Civil Veterinary Department. United Provinces 1912-22 - 1912-1922
Year: 1912
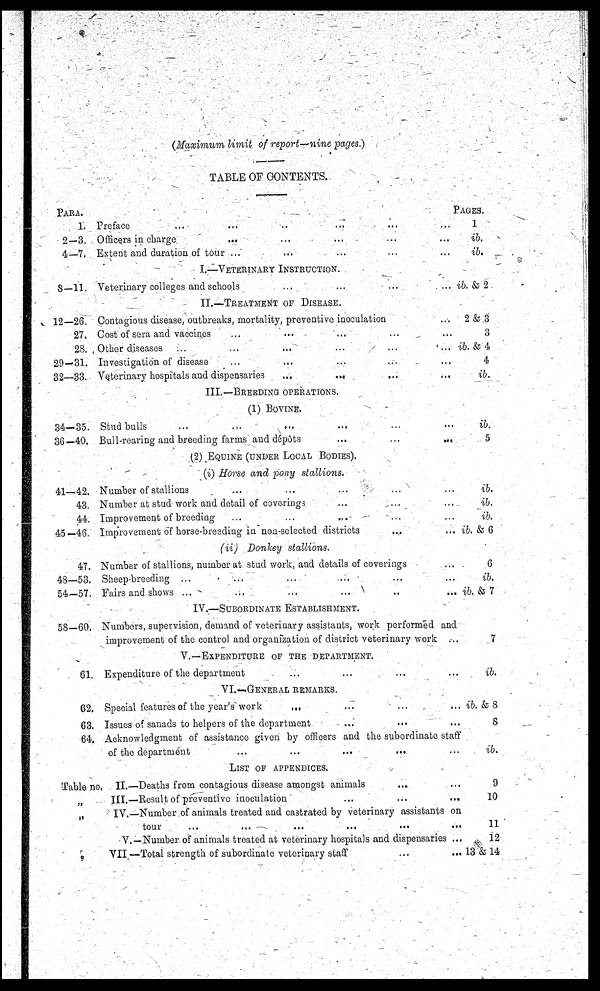
(Maximum limit of report—nine pages.)
TABLE OF CONTENTS.
Para.
1. Preface ... ... ... ... ... ...
2—3. Officers in charge
... ... ... ... ...
4—7. Exteut and duration of tour ... ... ... ... ...
I.—Veterinary Instruction.
8—11. Veterinary colleges and schools ... ... ... ...
II.—Treatment of Disease.
12—26. Contagious disease, outbreaks, mortality, preventive inoculation ...
27. Cost of sera and vaccines ... ... ... ... ...
23. Other diseases ... ... ... ... ...
29—31. Investigation of disease ... ... ... ... ...
32—33. Veterinary hospitals and dispensaries
...
... ... ...
III.—Breeding operations.
(1) Bovine.
34-35. Stud bulls ... ... ... ... ... ...
36—40. Bull-rearing and breeding farms and dépôts
...
...
...
(2) Equine (under Local Bodies).
(i) Horse and pony
stallions.
41—42. Number of stallions ... ... ... ... ...
43. Number at stud work and detail of coverings ... ... ...
44. Improvement of breeding ... ... ... ... ...
45—46. Improvement of horse-breeding in non selected districts ... ...
(ii)
Donkey
stallions.
47. Number of stallions, number at stud work, and details of coverings ...
48—53. Sheep breeding ...
... ... ... ... ...
54—57. Fairs and shows ... ... ... ... ... ...
IV.—Subordinate Establishment.
58—60. Numbers, supervision, demand of veterinary assistants, work performed and
improvement of the control and organization of district veterinary work ...
V.—Expenditure of the department.
61. Expenditure of the department ... ... ... ...
VI.—General remarks.
62. Special features of the year's work ... ... ... ...
63. Issues of sanads to helpers of the department ... ... ...
Pages.
1
ib.
ib.
ib. & 2
2k 3
3
ib. & 4
4
ib.
ib.
5
ib.
ib.
ib.
ib. & 6
6
ib.
ib. & 7
7
ib.
ib. & 8
8
64. Acknowledgment of assistance given by officers and the subordinate staff
of the department ... ... ... ... ...
List of appendices.
Table no. II.—Deaths from contagious disease amongst animals ... ...
„
III.—Result of preventive inoculation
...
...
...
ib.
9
10
„
IV.—Number of animals treated and castrated by veterinary assistants on
tour ... ... ... ... ...
V.—Number of animals treated at veterinary hospitals and dispensaries ..
VII —Total strength of subordinate veterinary staff ... ...
11
12
13 & 14